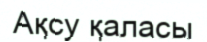
Ақсу қаласы